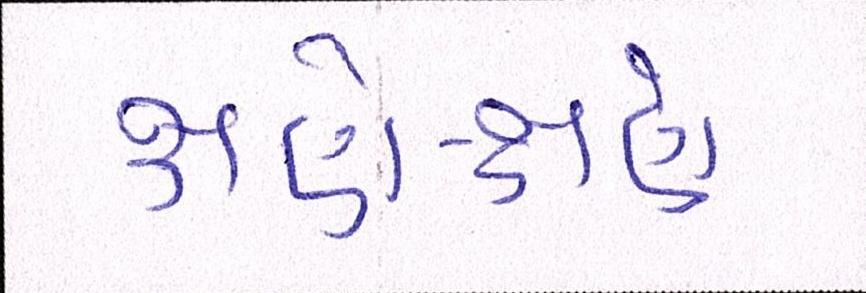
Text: ક્ષણે-ક્ષણે